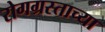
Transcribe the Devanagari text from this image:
रोगग्रस्ताच्या